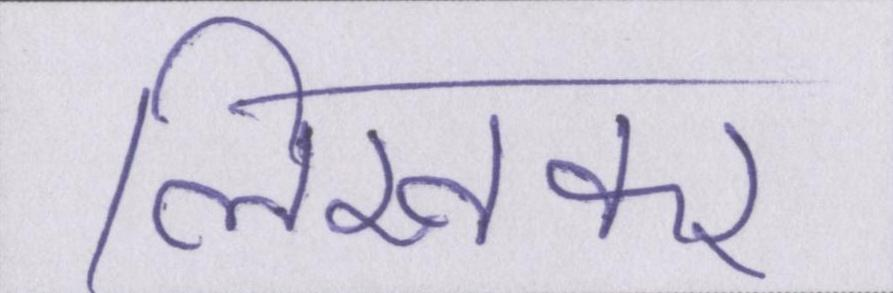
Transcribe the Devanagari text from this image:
लिखकर